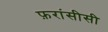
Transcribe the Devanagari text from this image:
फ़रांसीसी